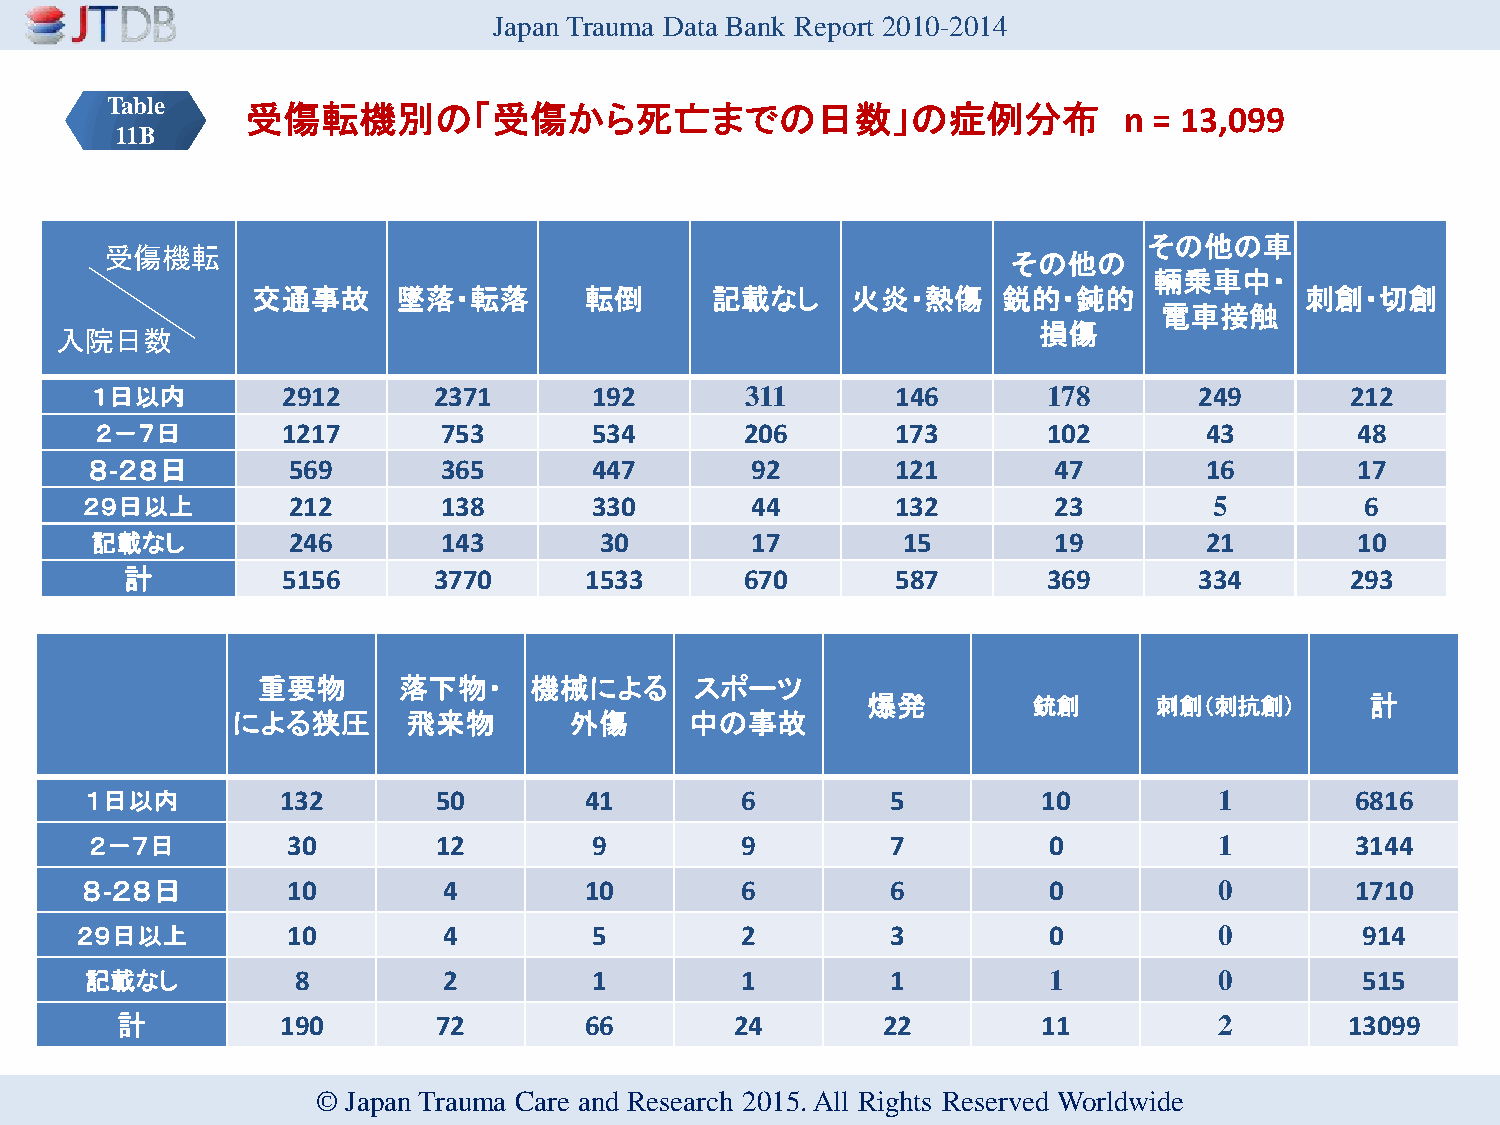
Japan Trauma Data Bank Report 2010-2014
 Table    受傷転機別の「受傷から死亡までの日数」の症例分布                                  n = 13,099
 11B
 その他の車
 受傷機転
 その他の
 輛乗車中・
 交通事故     墜落・転落        転倒      記載なし     火炎・熱傷     鋭的・鈍的               刺創・切創
 電車接触
 損傷
 入院日数
 １日以内         2912      2371      192       311       146       178       249       212
 ２－７日         1217      753       534       206       173       102        43        48
 ８-２８日        569       365       447        92       121        47        16        17
 ２９日以上         212       138       330        44       132        23        5         6
 記載なし         246       143        30        17        15        19        21        10
 計          5156      3770      1533      670       587       369       334       293
 重要物      落下物・     機械による      スポーツ
 爆発         銃創       刺創（刺抗創）       計
 による狭圧       飛来物        外傷      中の事故
 １日以内         132       50        41        6         5         10          1        6816
 ２－７日         30        12        9         9         7         0           1        3144
 ８-２８日         10        4         10        6         6         0           0        1710
 ２９日以上         10        4         5         2         3         0           0        914
 記載なし          8        2         1         1         1         1           0        515
 計          190       72        66        24       22         11          2       13099
 © Japan Trauma Care and Research 2015. All Rights Reserved Worldwide